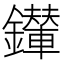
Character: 𨯉